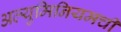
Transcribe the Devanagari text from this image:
अल्युमिनियमची